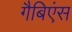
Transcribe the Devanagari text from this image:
गैबिएंस